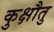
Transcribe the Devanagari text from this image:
कुक्षौतु